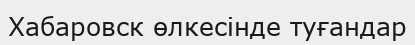
Хабаровск өлкесінде туғандар